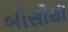
બીસીથી